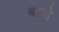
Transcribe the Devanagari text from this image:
बहुते